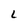
Character: L